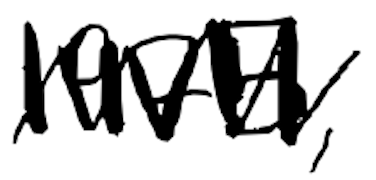
Text: 1975,
Cross-out: zig-zag
Writing tool: digital_black